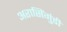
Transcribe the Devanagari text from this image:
अरासिंगुंडी